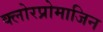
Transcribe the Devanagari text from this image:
क्लोरप्रोमाजिन